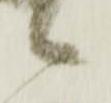
候